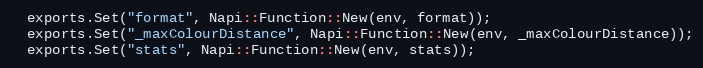
Language: C++
  exports.Set("format", Napi::Function::New(env, format));
  exports.Set("_maxColourDistance", Napi::Function::New(env, _maxColourDistance));
  exports.Set("stats", Napi::Function::New(env, stats));